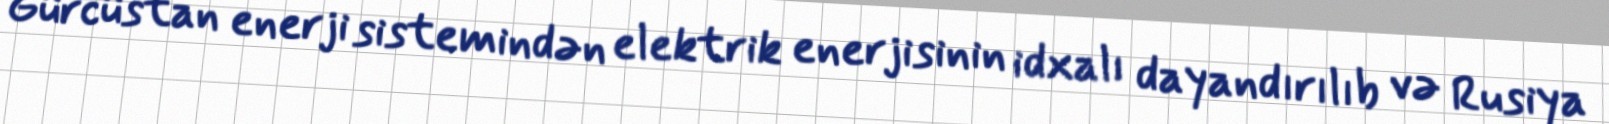
Gürcüstan enerji sistemindən elektrik enerjisinin idxalı dayandırılıb və Rusiya